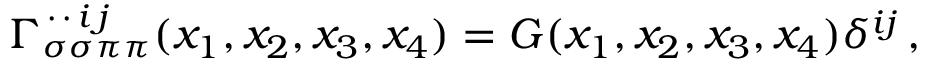
\Gamma _ { \sigma \sigma \pi \pi } ^ { \, \cdot \, \cdot \, i \, j } ( x _ { 1 } , x _ { 2 } , x _ { 3 } , x _ { 4 } ) = G ( x _ { 1 } , x _ { 2 } , x _ { 3 } , x _ { 4 } ) \delta ^ { i j } \, ,